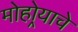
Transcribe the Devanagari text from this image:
मोहोर्‍याचे